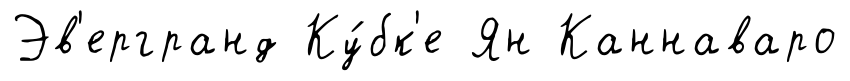
Эв'ергранд Ку́бк'е Ян Каннаваро